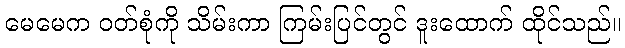
မေမေက ဝတ်စုံကို သိမ်းကာ ကြမ်းပြင်တွင် ဒူးထောက် ထိုင်သည်။